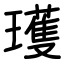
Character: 瓁